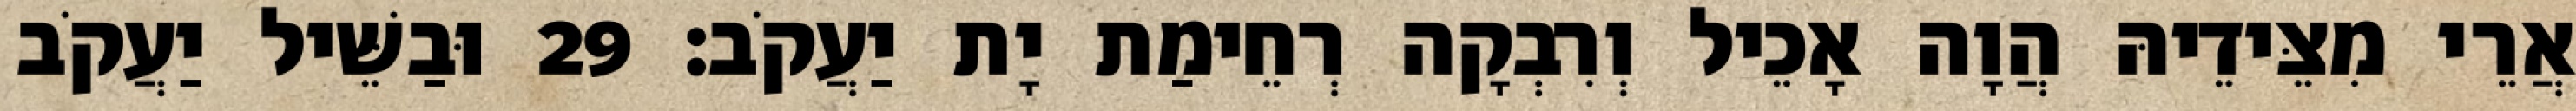
אֲרֵי מִצֵּידֵיהּ הֲוָה אָכֵיל וְרִבְקָה רְחֵימַת יָת יַעֲקֹב׃ 29 וּבַשֵּׁיל יַעֲקֹב